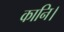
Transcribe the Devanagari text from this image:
कानि।